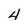
Character: 4